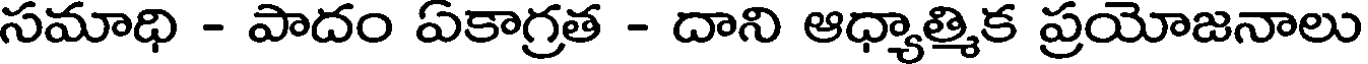
సమాధి - పాదం ఏకాగ్రత - దాని ఆధ్యాత్మిక ప్రయోజనాలు